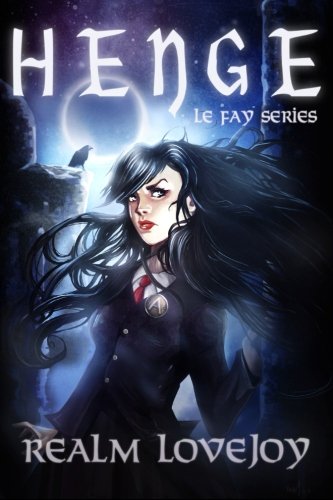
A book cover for Henge (Le Fay); Realm Lovejoy; Children's Books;